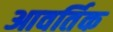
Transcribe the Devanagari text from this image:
आवर्तिक